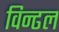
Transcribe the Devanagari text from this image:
विन्ढल